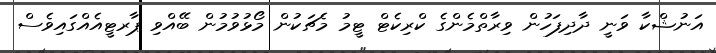
އަނުޝްކާ ވަނީ ދާދިފަހުން ވިރާތްމެންގެ ކްރިކެޓް ޓީމު މެޗަކުން މޯޅުވުމުން ބޭއްވި ޕާރޓީއެއްގައިވެސް